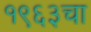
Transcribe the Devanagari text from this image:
१९६३चा